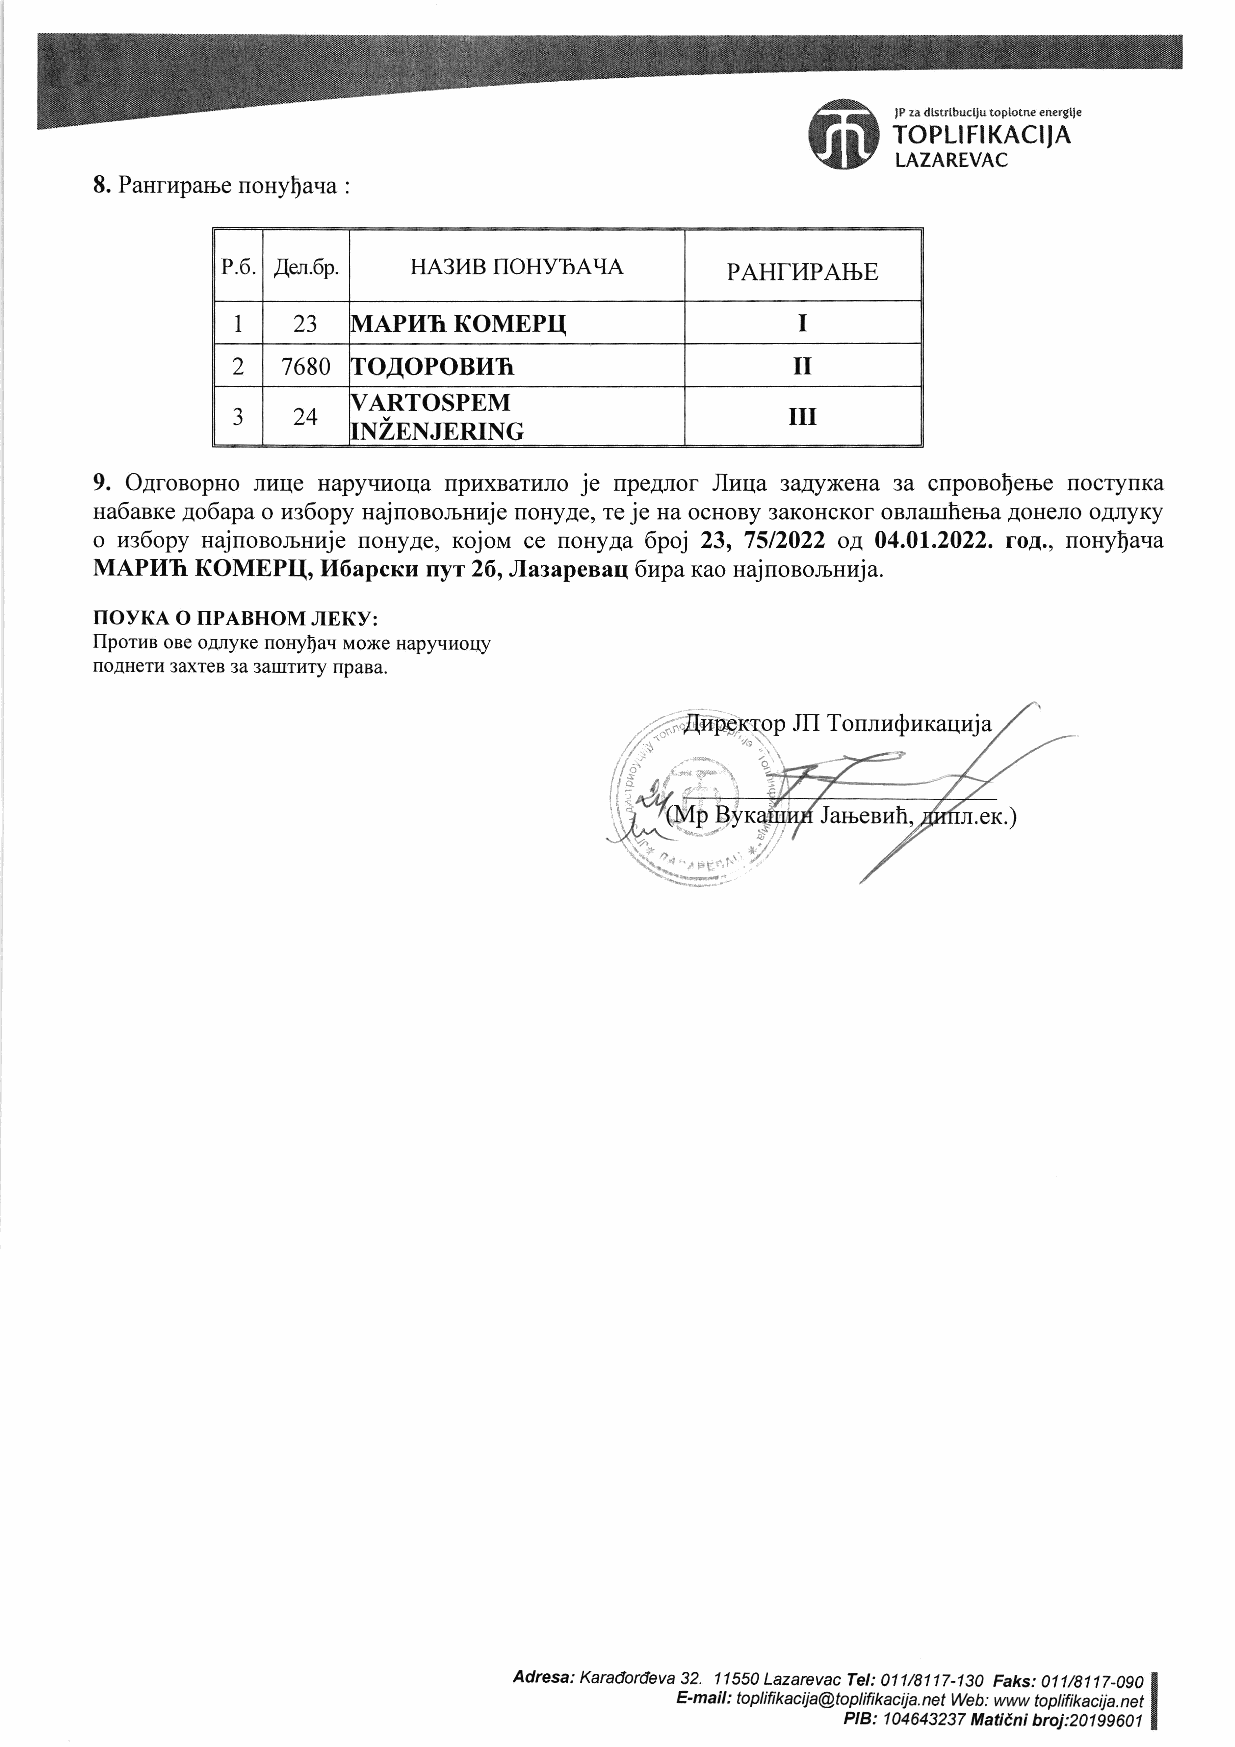
ffi
 ,P za dtstrtbuctiu toplotn€ energtle
 TOPLTFTKACUA
 LAZAREVAC
 8. Panrupame nouyfaua
 :
 P.6 Aer.6p. HA3T4B NOHYTAqA      PAH|I,IPAIbE
 z.) MAPI4h KOMEPTI                I
 1
 II
 2   7680 TOAOPOBI,Ih
 VARTOSPEM
 Ja  24                               III
 TNZENJERING
 9. OgronopHo nr,rqe Hapyqzoqa rrpuxBarr.rno je npe4nor Jluqa 3aAyxeHa 3a c[poBoferre nocryuxa
 ua6anxe 4o6apa o z:6opy Hajnonorsnuje noHyAe, :re je Ha ocuoBy 3aKoHcKor oeraurherba AoHeno oAnyKy
 o us6opy najroeorsnuje nouyae, rojou ce nonyAa 6poj 23, 7512022 oa 04.01.2022. ro*, uonyfa.ra
 MAPUh  KOMEPIL I46apcnr.r nyr 26, Jlarapenaq 6upa rao Hajuonomruja.
 TIOYKA O TIPABHOM JIEKY:
 llporun oBe oAnyKe nonylau Moxe Hapyquoqy
 IOAHETI,I 3AXTCB 3A 3AIIITHTY IPABA.
 JII TonnuQuxaqzja
 t/
 ^s
 .eK.)
 / FEd,l'\
 Adresa:Karadordeva32. llS50LazarevacTel:011/g117-130 Faks:011/g117-ogo
 E-mail : topl ifi kacija@toplifikacija. net Web: www toptifikacija. net
 PIB : 1 04643237 Matiini broj:201 99601